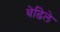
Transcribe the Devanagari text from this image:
वेढिले